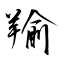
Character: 羭